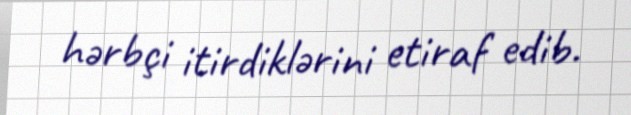
hərbçi itirdiklərini etiraf edib.